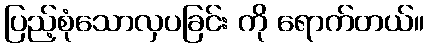
ပြည့်စုံသောလှပခြင်း ကို ရောက်တယ်။